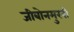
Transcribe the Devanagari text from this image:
जीबोनमुखी